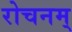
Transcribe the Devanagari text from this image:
रोचनम्